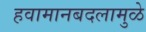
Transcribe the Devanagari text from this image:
हवामानबदलामुळे